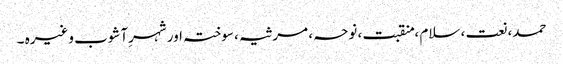
حمد، نعت ، سلام ، منقبت ، نوحہ ، مرثیہ ، سوختہ اور شہرِآشوب وغیرہ ۔